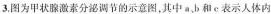
3.图为甲状腺激素分泌调节的示意图，其中b和e表示人体内